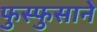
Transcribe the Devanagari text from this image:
फुस्फुसाने